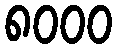
၈၀၀၀